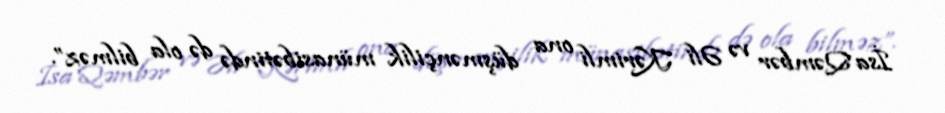
İsa Qəmbər və Əli Kərimli ona düşmənçilik münasibətində də ola bilməz”.